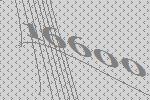
16600